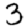
Digit: 3